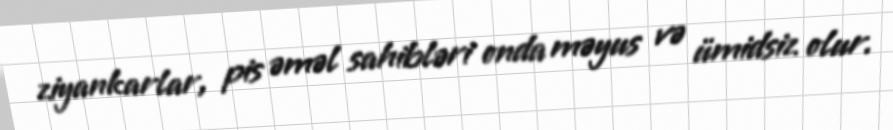
ziyankarlar, pis əməl sahibləri onda məyus və ümidsiz olur.